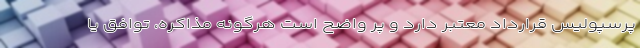
پرسپولیس قرارداد معتبر دارد و پر واضح است هرگونه مذاکره، توافق یا